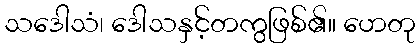
သဒေါသံ၊ ဒေါသနှင့်တကွဖြစ်၏။ ဟေတု